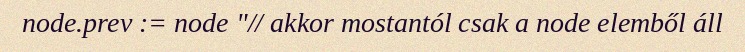
node.prev := node "// akkor mostantól csak a node elemből áll